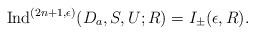
LaTeX: \begin{align*}{\rm Ind}^{(2n+1,\epsilon)}(D_a,S,U;R)=I_\pm(\epsilon,R).\end{align*}